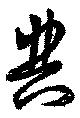
典